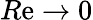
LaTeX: R\mathrm{e}\to0